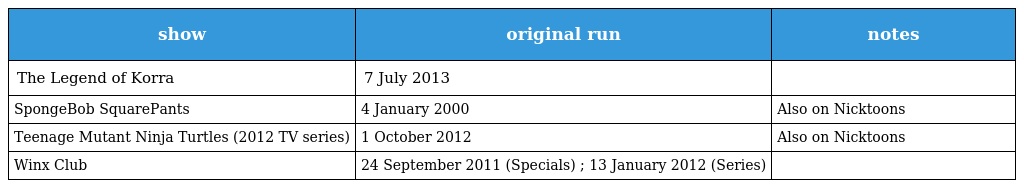
| show | original run | notes |
 | --- | --- | --- |
 | The Legend of Korra | 7 July 2013 |  |
 | SpongeBob SquarePants | 4 January 2000 | Also on Nicktoons |
 | Teenage Mutant Ninja Turtles (2012 TV series) | 1 October 2012 | Also on Nicktoons |
 | Winx Club | 24 September 2011 (Specials) ; 13 January 2012 (Series) |  |